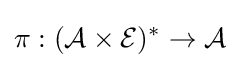
\pi :({\mathcal {A}}\times {\mathcal {E}})^{*}\rightarrow {\mathcal {A}}